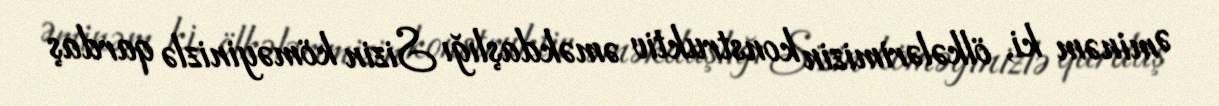
Əminəm ki, ölkələrimizin konstruktiv əməkdaşlığı Sizin köməyinizlə qardaş